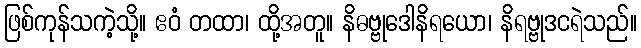
ဖြစ်ကုန်သကဲ့သို့။ ဧဝံ တထာ၊ ထို့အတူ။ နိဓဗ္ဗုဒေါနိရယော၊ နိရဗ္ဗုဒငရဲသည်။